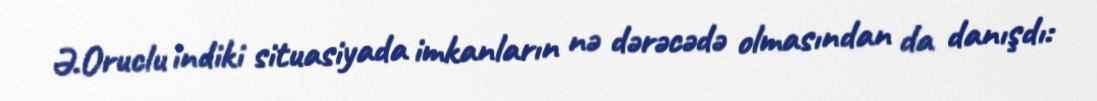
Ə.Oruclu indiki situasiyada imkanların nə dərəcədə olmasından da danışdı: